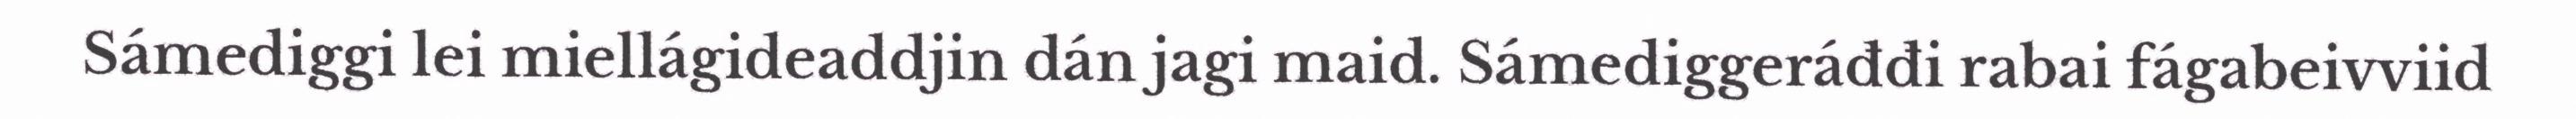
Sámediggi lei miellágideaddjin dán jagi maid. Sámediggeráđđi rabai fágabeivviid